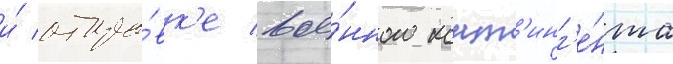
и́ отпра́вк'е вое́нного конт'инг'е́нта